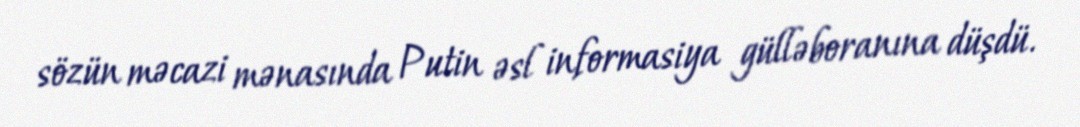
sözün məcazi mənasında Putin əsl informasiya gülləboranına düşdü.